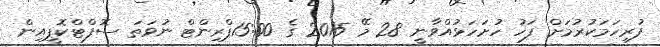
ފުރިހަމަކުރުމަށް ފަހު ހުށަހަޅުއްވާނީ 28 މޭ 2015 ގެ 15:00ޕްރިންޓް ނުވަތަ ސޮފްޓްކޮޕީއިން